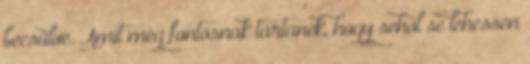
becsülve. Amit még fontosnak tartanék, hogy sehol se lehessen